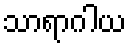
သာရာဂါယ